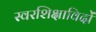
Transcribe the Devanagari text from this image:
स्वरशिक्षाविदों